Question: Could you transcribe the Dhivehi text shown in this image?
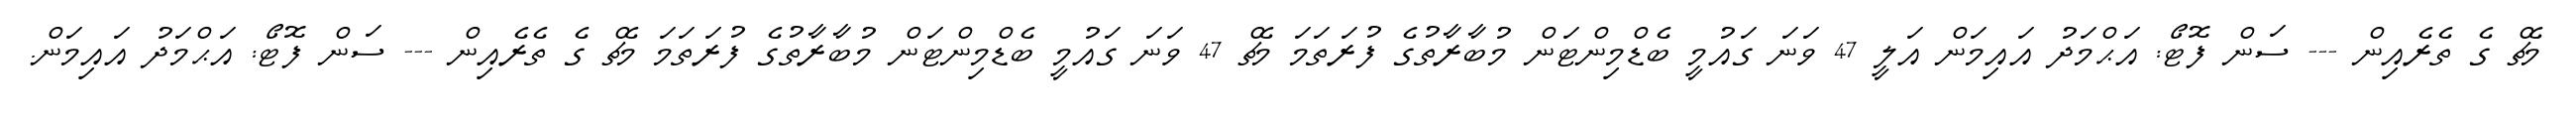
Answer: މެޗް ގެ ތެރެއިން --- ސަން ފޮޓޯ: އަޙްމަދު އައިމަން އަލީ 47 ވަނަ ގައުމީ ބެޑްމިންޓަން މުބާރާތުގެ ފުރަތަމަ މެޗް 47 ވަނަ ގައުމީ ބެޑްމިންޓަން މުބާރާތުގެ ފުރަތަމަ މެޗް ގެ ތެރެއިން --- ސަން ފޮޓޯ: އަޙްމަދު އައިމަން.